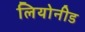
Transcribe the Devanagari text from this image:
लियोनीड